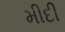
મીદી